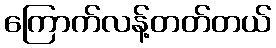
ကြောက်လန့်တတ်တယ်